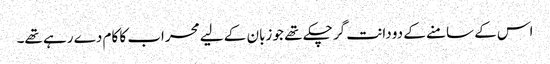
اس کے سامنے کے دو دانت گر چکے تھے جو زبان کے لیے محراب کا کام دے رہے تھے۔